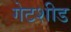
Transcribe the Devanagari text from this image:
गेटशीड